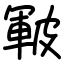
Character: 皸